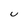
Character: U